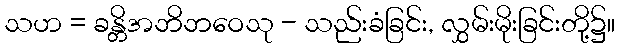
သဟ = ခန္တိအဘိဘဝေသု - သည်းခံခြင်း, လွှမ်းမိုးခြင်းတို့၌။